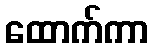
ထောက်ကာ